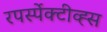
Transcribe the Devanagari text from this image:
रपर्स्पेक्टीव्ह्स